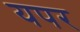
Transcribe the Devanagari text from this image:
यपर